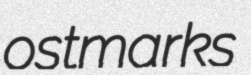
ostmarks